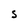
Character: S